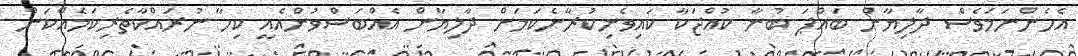
އެހެންނަމަވެސް ދާލިޔާން ބައްޕަ ބުނާ ކުއްޖަކާ ކައިވެނިކުރާނެކަމަށް ދާލިޔާން އެއްބަސްވުންއެއީ ކިހާ ނުރައްކާތެރިކަމެއްކަން